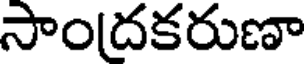
సాం(దకరుణా